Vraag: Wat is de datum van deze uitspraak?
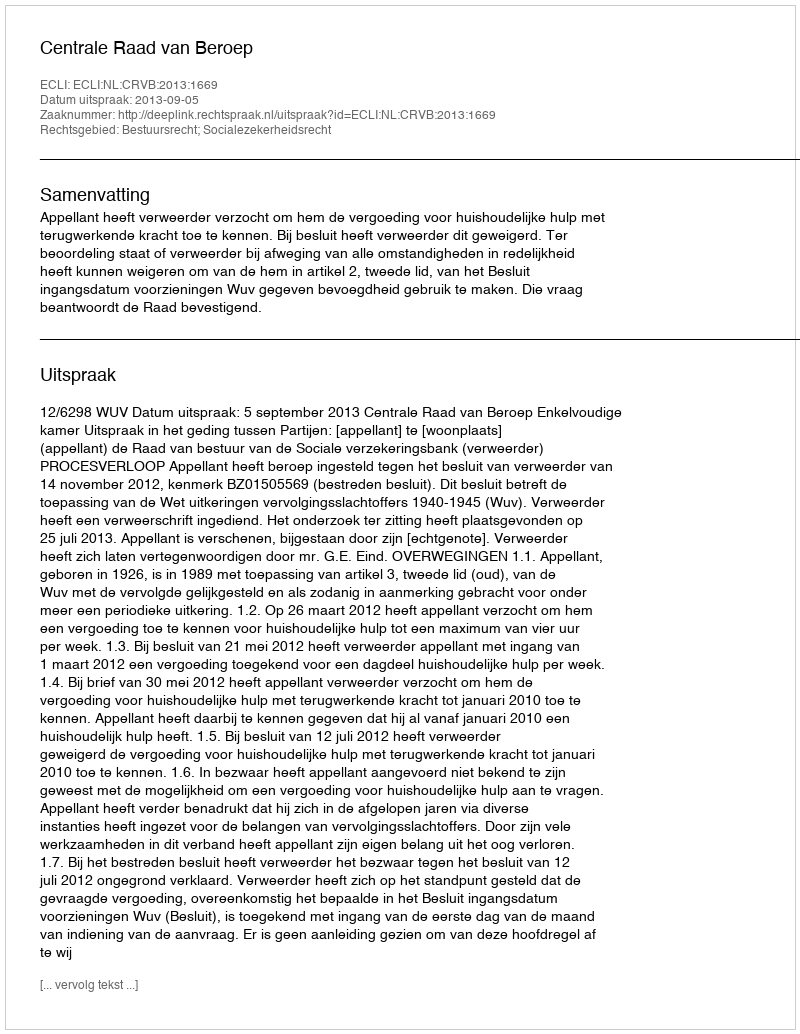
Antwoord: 2013-09-05